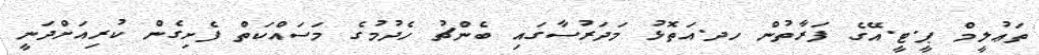
ތަޢުލީމް ޕީ.ޓީ.އޭގެ ފަރާތުން ހދ.އަތޮޅު މަދަރުސާގައި ބެންޗު ހެދުމުގެ މަސައްކަތް ފެށިގެން ކުރިއަށްދަނީ